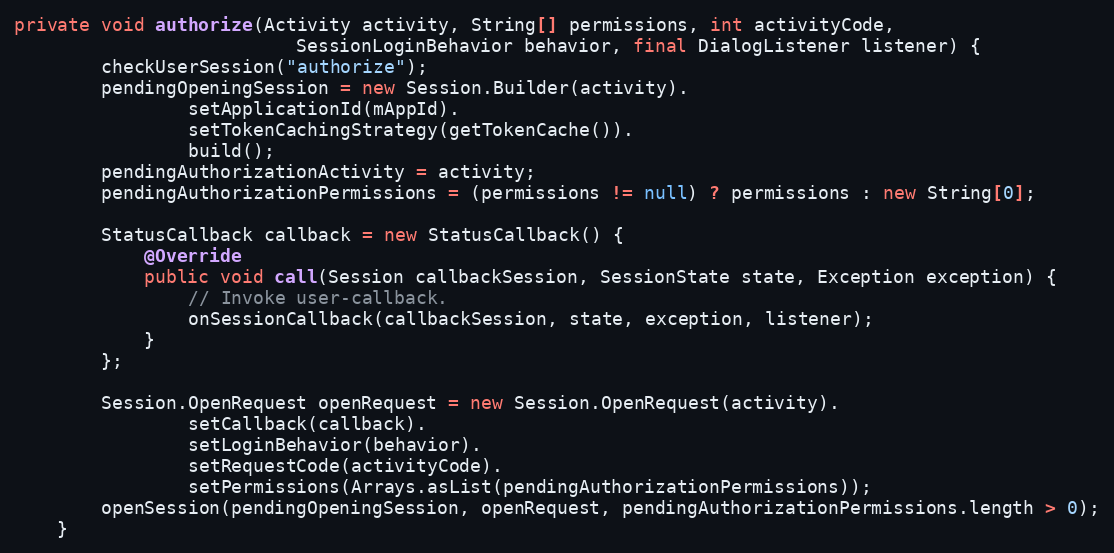
Language: Java
private void authorize(Activity activity, String[] permissions, int activityCode,
                          SessionLoginBehavior behavior, final DialogListener listener) {
        checkUserSession("authorize");
        pendingOpeningSession = new Session.Builder(activity).
                setApplicationId(mAppId).
                setTokenCachingStrategy(getTokenCache()).
                build();
        pendingAuthorizationActivity = activity;
        pendingAuthorizationPermissions = (permissions != null) ? permissions : new String[0];

        StatusCallback callback = new StatusCallback() {
            @Override
            public void call(Session callbackSession, SessionState state, Exception exception) {
                // Invoke user-callback.
                onSessionCallback(callbackSession, state, exception, listener);
            }
        };

        Session.OpenRequest openRequest = new Session.OpenRequest(activity).
                setCallback(callback).
                setLoginBehavior(behavior).
                setRequestCode(activityCode).
                setPermissions(Arrays.asList(pendingAuthorizationPermissions));
        openSession(pendingOpeningSession, openRequest, pendingAuthorizationPermissions.length > 0);
    }